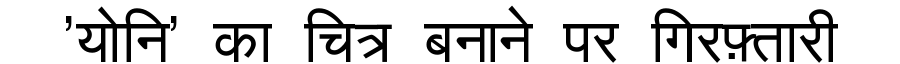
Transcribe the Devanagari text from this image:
'योनि' का चित्र बनाने पर गिरफ़्तारी